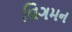
વિગમન